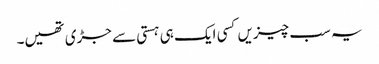
یہ سب چیزیں کسی ایک ہی ہستی سے جڑی تھیں۔